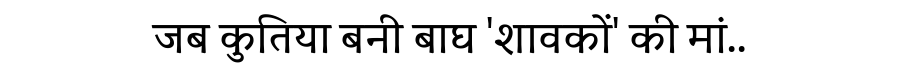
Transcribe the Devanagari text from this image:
जब कुतिया बनी बाघ 'शावकों' की मां..